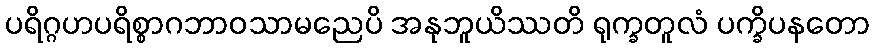
ပရိဂ္ဂဟပရိစ္စာဂဘာဝသာမညေပိ အနုဘူယိဿတိ ရုက္ခတူလံ ပက္ခိပနတော